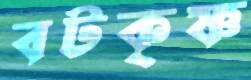
বটকৃষ্ণ